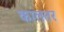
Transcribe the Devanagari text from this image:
कालतर